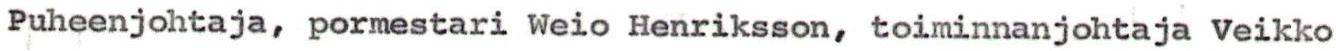
Puheenjohtaja, pormestari Weio Henriksson, toiminnanjohtaja Veikko